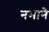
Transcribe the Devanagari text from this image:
नभाने